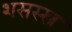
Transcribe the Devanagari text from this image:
शसस्स्त्र